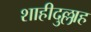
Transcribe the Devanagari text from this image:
शाहीदुल्लाह